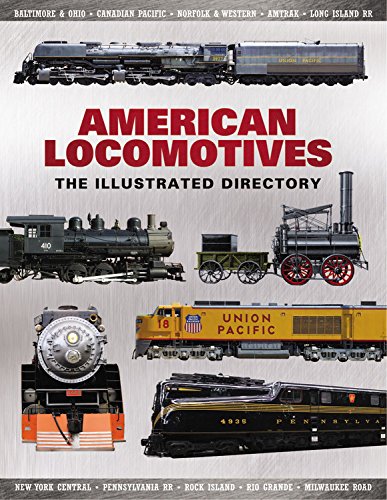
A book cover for Illustrated Directory of North American Locomotives; Arts & Photography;